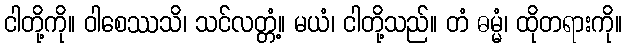
ငါတို့ကို။ ဝါစေဿသိ၊ သင်လတ္တံ့။ မယံ၊ ငါတို့သည်။ တံ ဓမ္မံ၊ ထိုတရားကို။